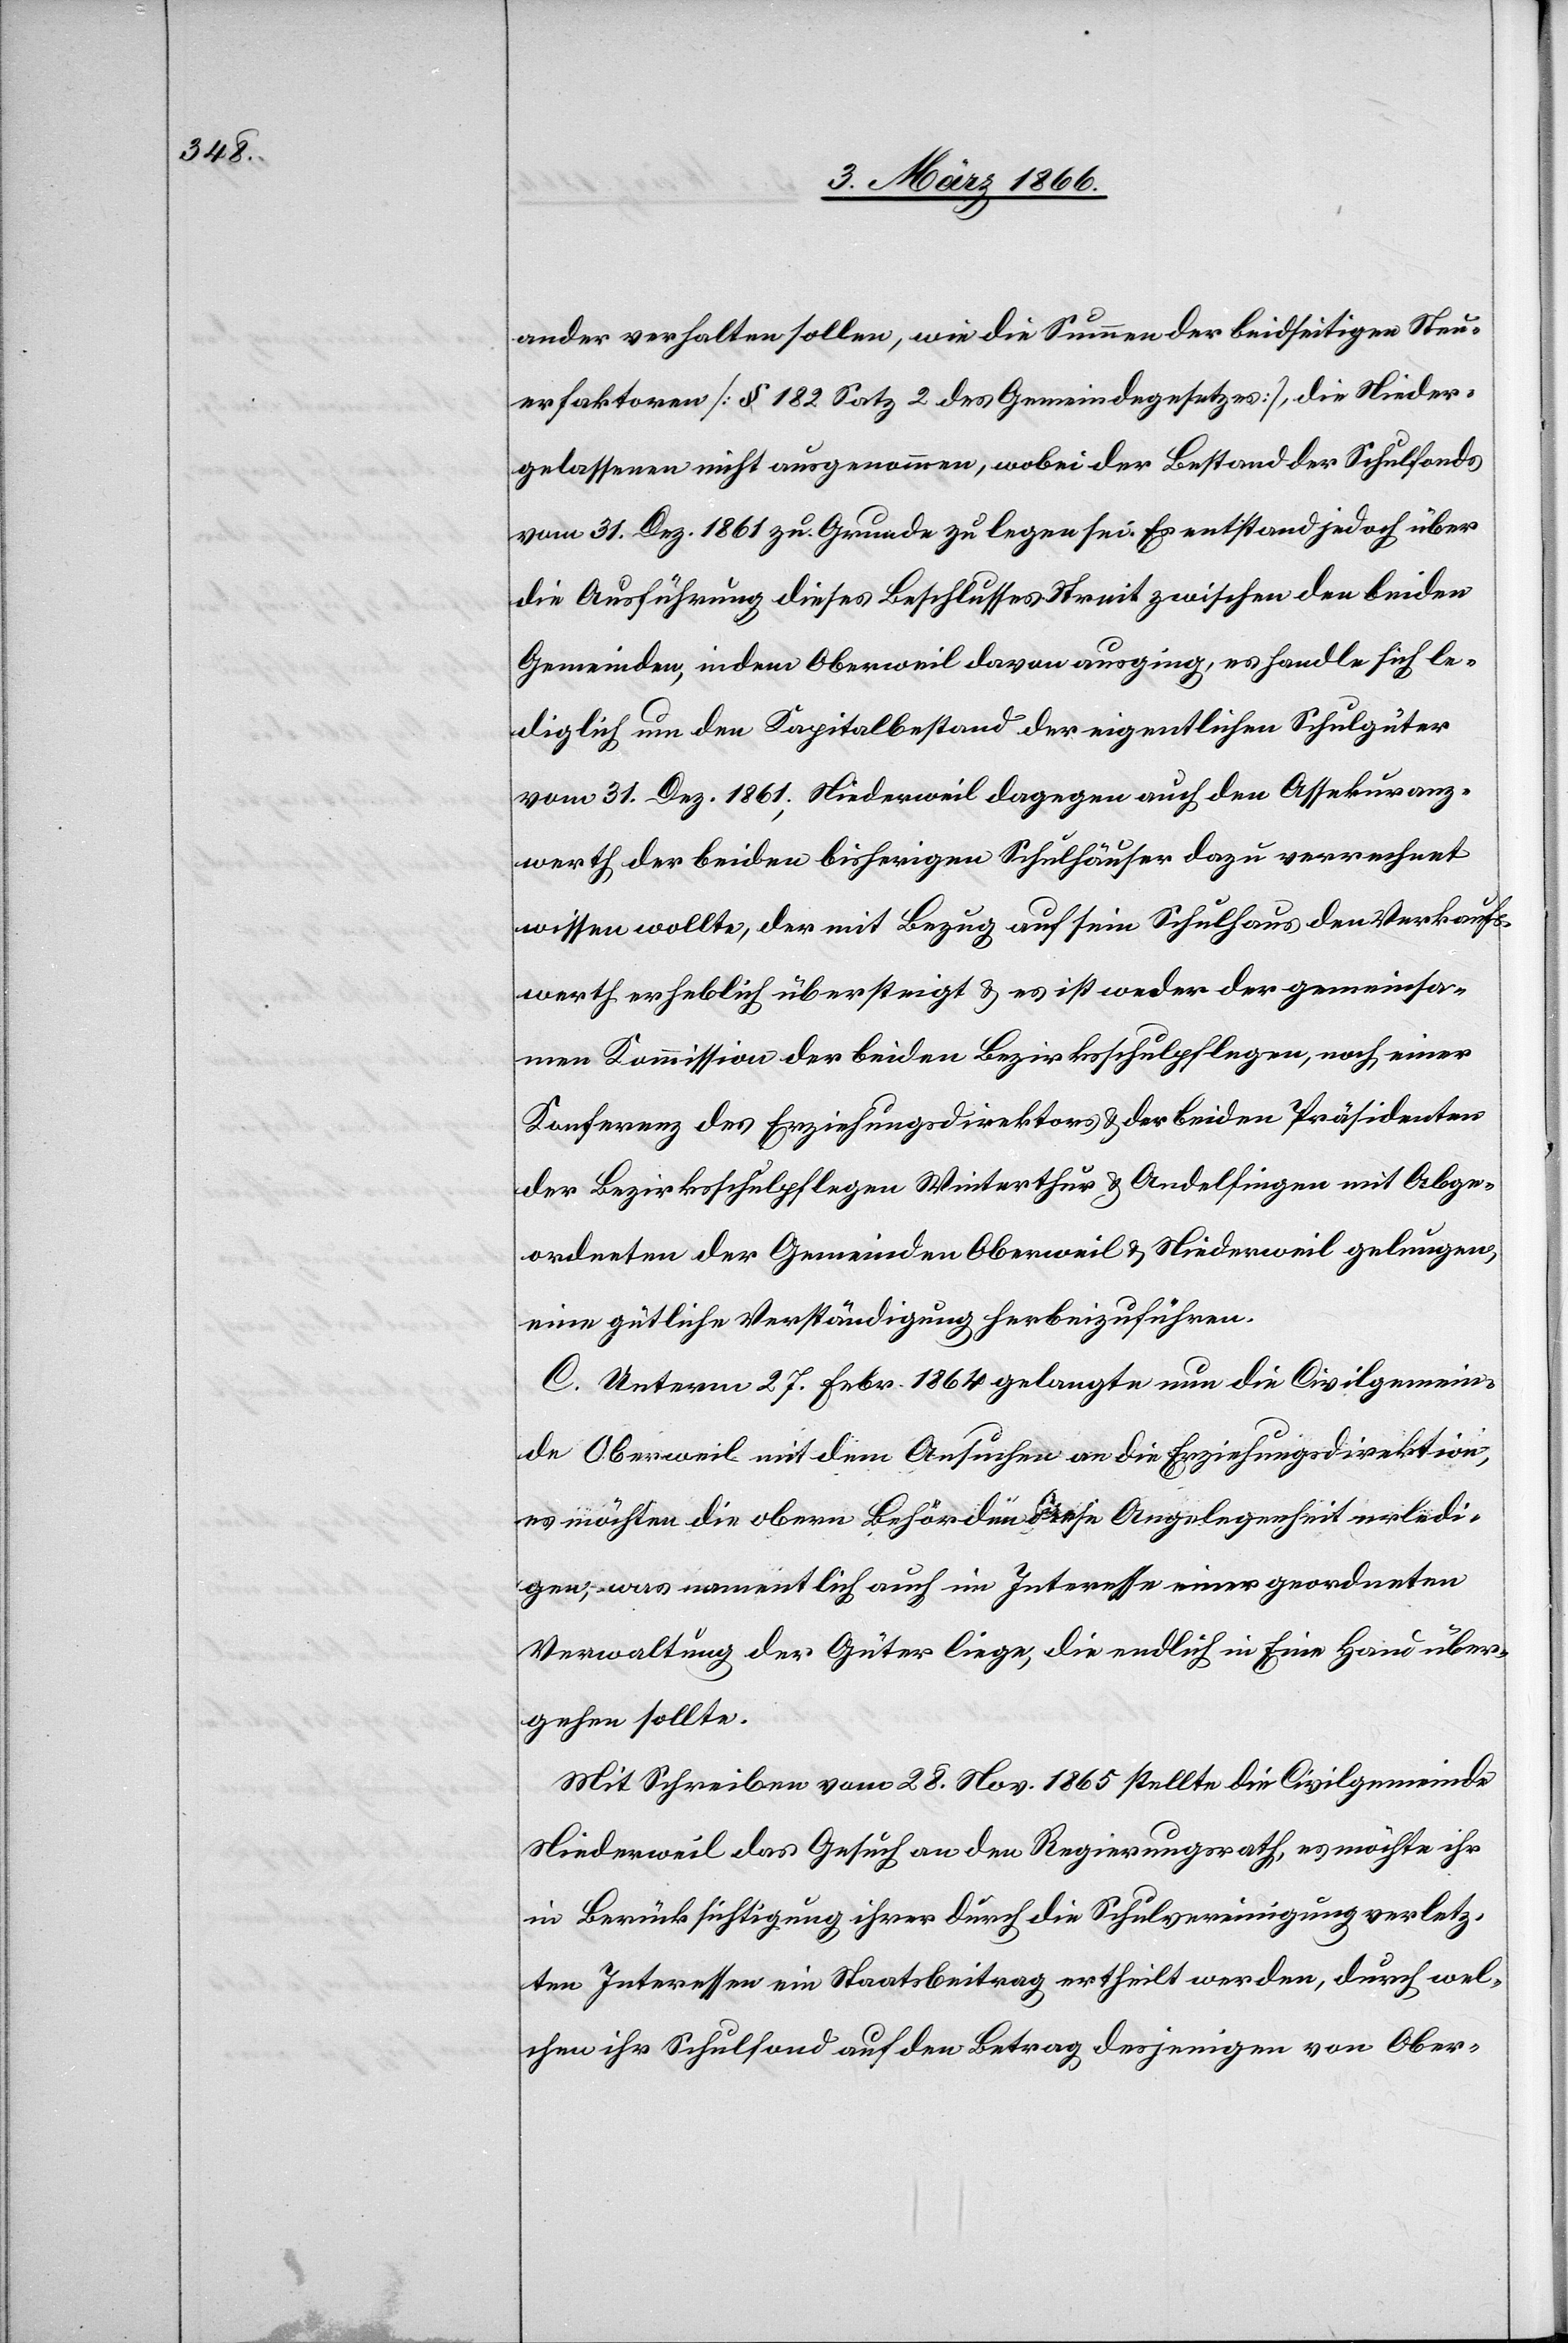
ander verhalten sollen, wie die Summen der beidseitigen Steu¬
erfaktoren [§ 182 Satz 2 des Gemeindsgesetzes], die Nieder¬
gelassenen nicht ausgenommen, wobei der Bestand der Schulfonds
vom 31. Dez. 1861 zu Grunde zu legen sei. Es entstand jedoch über
die Ausführung dieses Beschlusses Streit zwischen den beiden
Gemeinden, indem Oberweil davon ausging, es handle sich le¬
diglich um den Kapitalbestand der eigentlichen Schulgüter
vom 31. Dez. 1861. Niederweil dagegen auch den Assekuranz¬
werth der beiden bisherigen Schulhäuser dazu verrechnet
wissen wollte, der mit Bezug auf sein Schulfonds den Verkaufs¬
werth erheblich übersteigt u. es ist weder der gemeinsa¬
men Kommission der beiden Bezirksschulpflegen, noch einer
Konferenz des Erziehungsdirektors u. der beiden Präsidenten
der Bezirksschulpflegen Winterthur u. Andelfingen mit Abge¬
ordneten der Gemeinden Oberweil u. Niederweil gelungen,
eine gütliche Verständigung herbeizuführen.
C. Unterm 27. Febr. 1864 gelangte nun die Civilgemein¬
de Oberweil mit dem Ansuchen an die Erziehungsdirektion,
es möchten die obern Behörden diese Angelegenheit erledi¬
gen, was namentlich auch im Interesse einer geordneten
Verwaltung der Güter liege, die endlich in Eine Hand über¬
gehen sollte.
Mit Schreiben vom 28. Nov. 1865 stellte die Civilgemeinde
Niederweil das Gesuch an den Regierungsrath, es möchte ihr
in Berücksichtigung ihrer durch die Schulvereinigung verletz¬
ten Interessen ein Staatsbeitrag ertheilt werden, durch wel¬
chen ihr Schulfond auf den Betrag desjenigen von Ober-